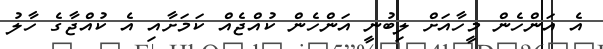
އެ އަންހެން މީހާއަށް ލިބުނީ އަންހެން ކުއްޖެއް ކަމަށާއި އެ ކުއްޖާގެ ހާލު